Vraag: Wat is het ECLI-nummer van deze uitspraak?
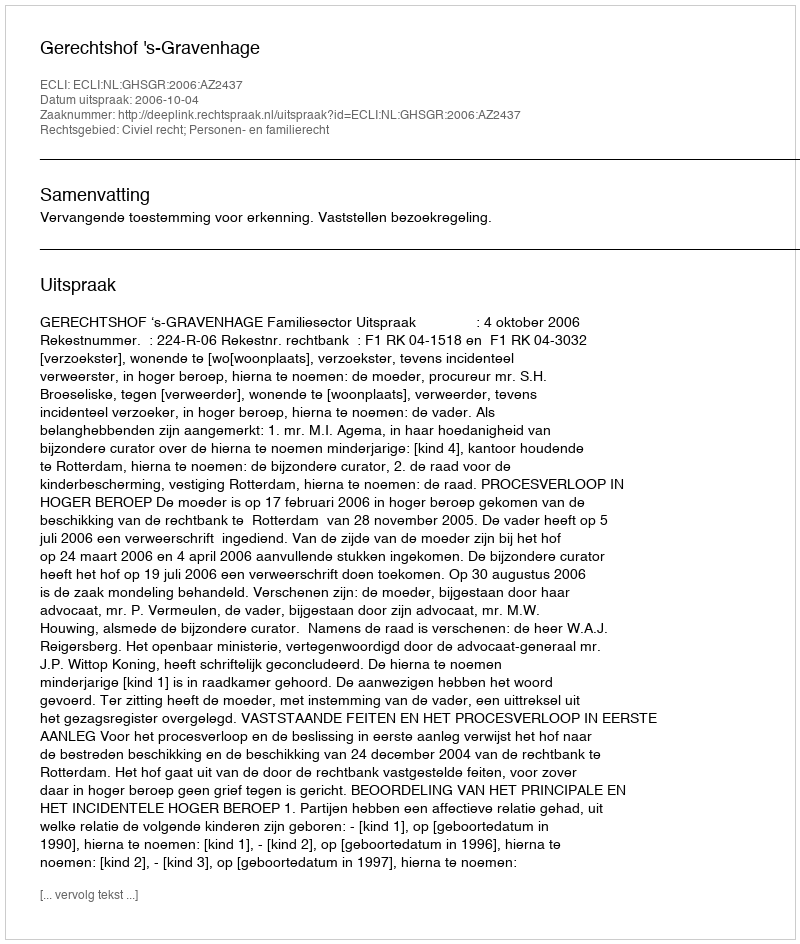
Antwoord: ECLI:NL:GHSGR:2006:AZ2437